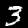
Label: 3